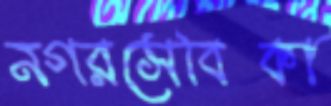
নগরসেবিকা